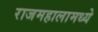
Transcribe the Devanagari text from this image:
राजमहालामध्ये